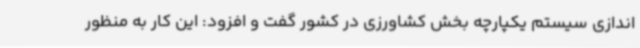
اندازی سیستم یکپارچه بخش کشاورزی در کشور گفت و افزود: این کار به منظور